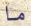
ما